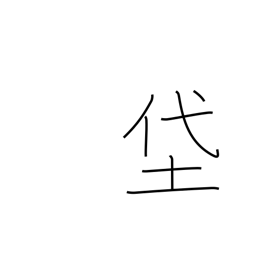
Meaning: muddy fields